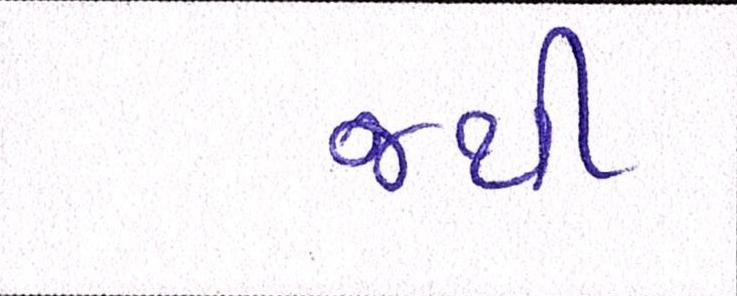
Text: જથી